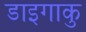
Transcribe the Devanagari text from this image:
डाइगाकु